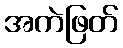
အကဲဖြတ်